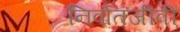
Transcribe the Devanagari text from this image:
निर्वातजीवी